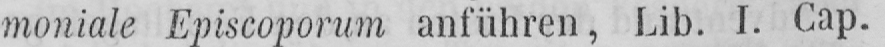
moniale Episcoporum anführen, Lib. I. Gap.